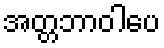
အတ္တဘာဝါပေ